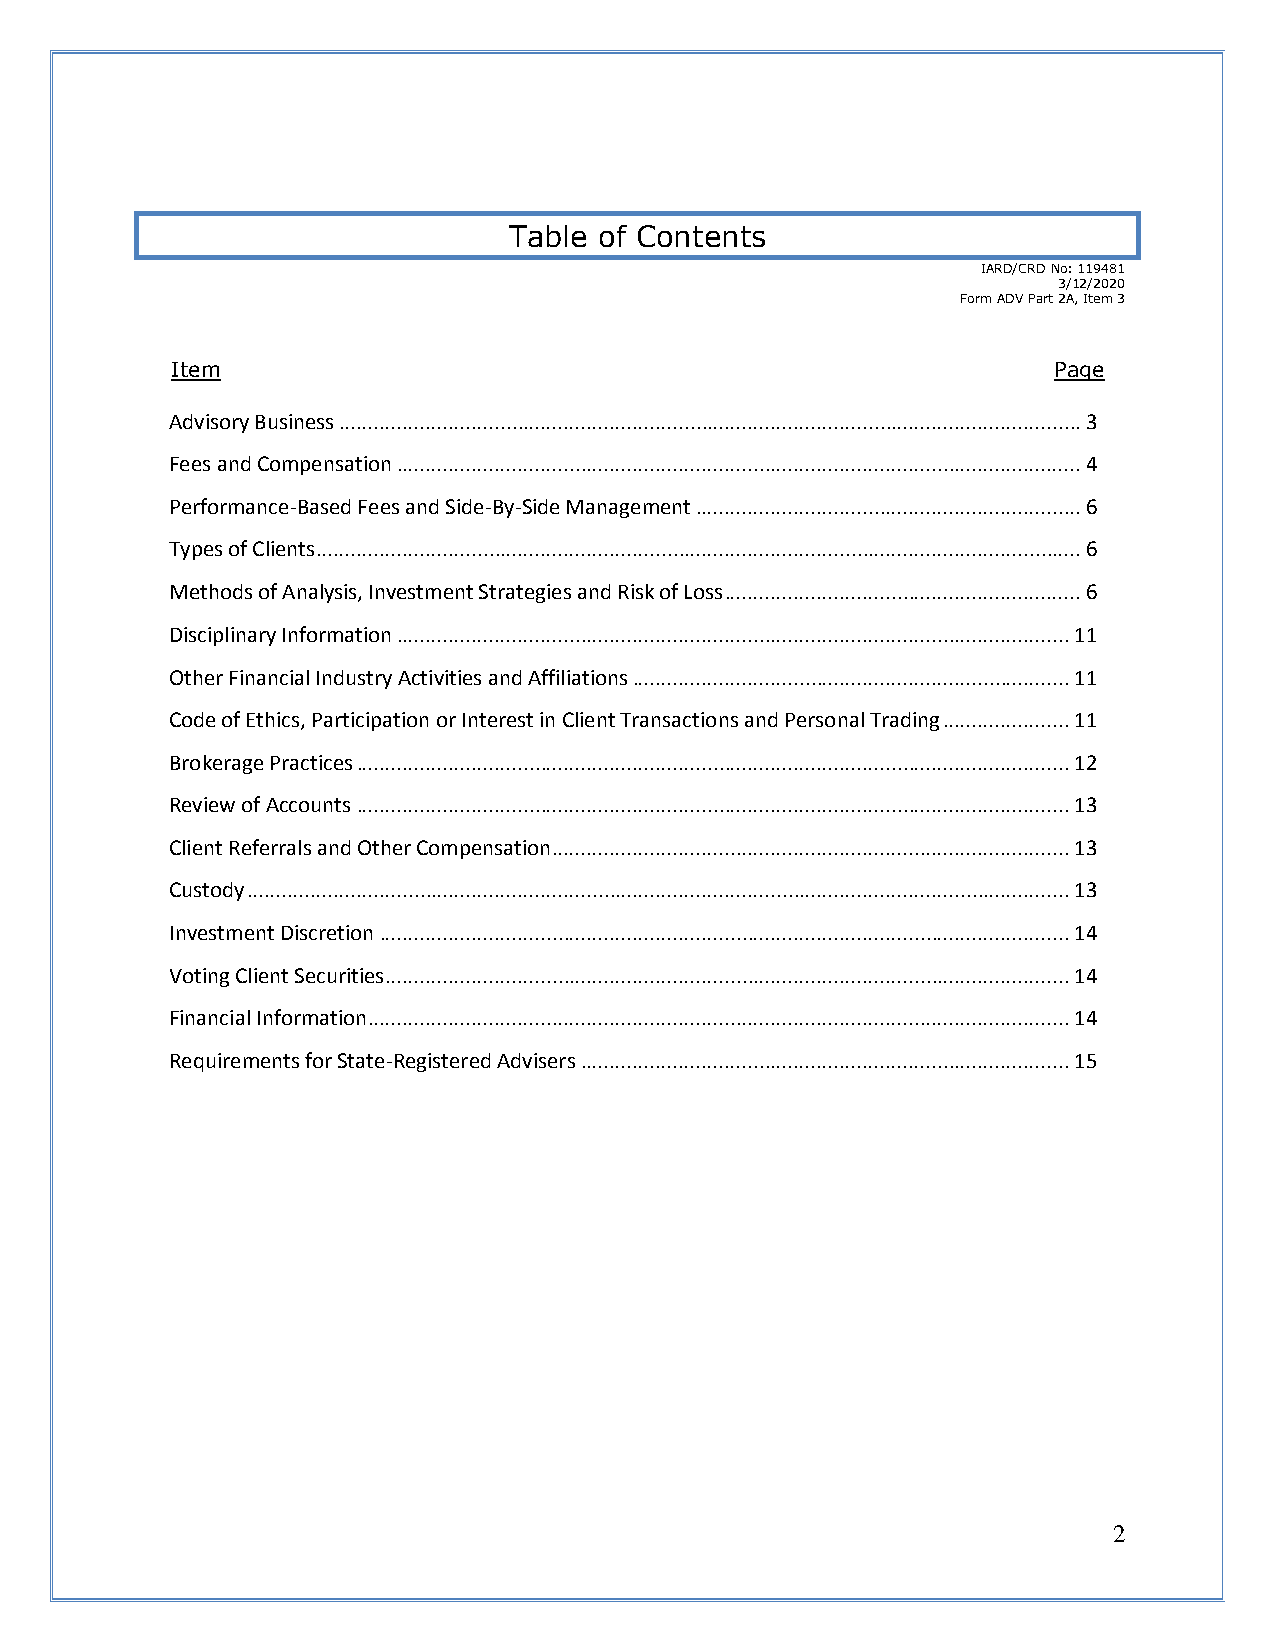
Table of Contents
 IARD/CRD No: 119481
 3/12/2020
 Form ADV Part 2A, Item 3
 Item                                                       Page
 Advisory Business ................................................................................................................................. 3
 Fees and Compensation ....................................................................................................................... 4
 Performance-Based Fees and Side-By-Side Management ................................................................... 6
 Types of Clients ..................................................................................................................................... 6
 Methods of Analysis, Investment Strategies and Risk of Loss .............................................................. 6
 Disciplinary Information ..................................................................................................................... 11
 Other Financial Industry Activities and Affiliations ............................................................................ 11
 Code of Ethics, Participation or Interest in Client Transactions and Personal Trading ...................... 11
 Brokerage Practices ............................................................................................................................ 12
 Review of Accounts ............................................................................................................................ 13
 Client Referrals and Other Compensation .......................................................................................... 13
 Custody ............................................................................................................................................... 13
 Investment Discretion ........................................................................................................................ 14
 Voting Client Securities ....................................................................................................................... 14
 Financial Information .......................................................................................................................... 14
 Requirements for State-Registered Advisers ..................................................................................... 15
 2